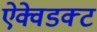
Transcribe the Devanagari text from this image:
ऐक्वेडक्ट